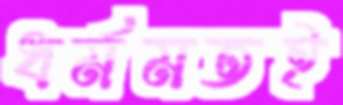
ধর্মমতই